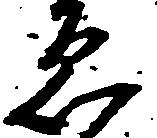
ゑ